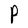
Character: P